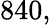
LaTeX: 840,